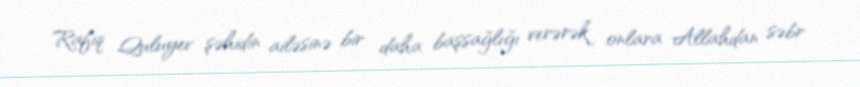
Rafiq Quluyev şəhidin ailəsinə bir daha başsağlığı verərək onlara Allahdan səbr